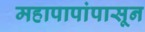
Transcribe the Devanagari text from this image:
महापापांपासून